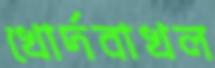
খোর্দবাখল